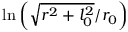
\ln \left( \sqrt { r ^ { 2 } + l _ { 0 } ^ { 2 } } / r _ { 0 } \right)